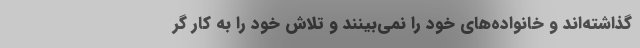
گذاشته‌اند و خانواده‌های خود را نمی‌بینند و تلاش خود را به کار گر